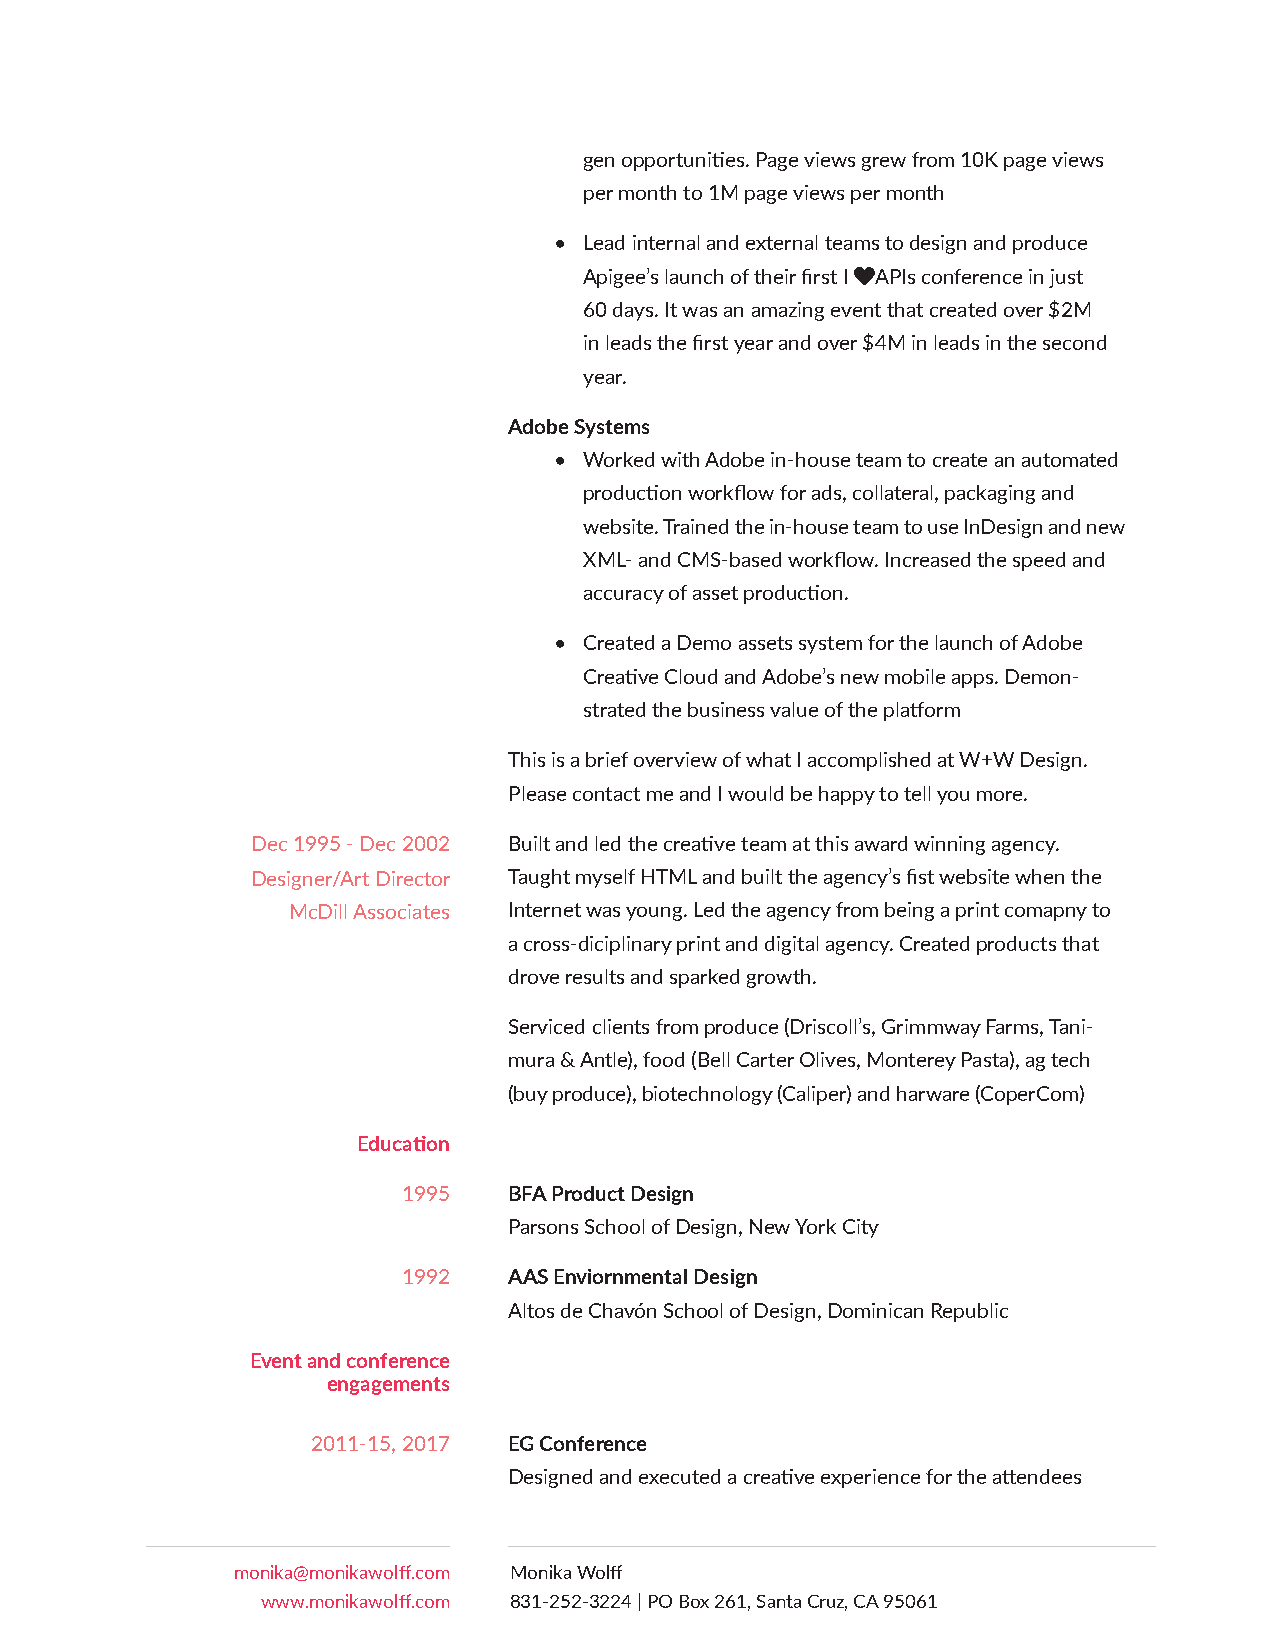
gen opportunities. Page views grew from 10K page views
 per month to 1M page views per month
 • Lead internal and external teams to design and produce
 Apigee’s launch of their first I heartAPIs conference in just
 60 days. It was an amazing event that created over $2M
 in leads the first year and over $4M in leads in the second
 year.
 Adobe Systems
 • Worked with Adobe in-house team to create an automated
 production workflow for ads, collateral, packaging and
 website. Trained the in-house team to use InDesign and new
 XML- and CMS-based workflow. Increased the speed and
 accuracy of asset production.
 • Created a Demo assets system for the launch of Adobe
 Creative Cloud and Adobe’s new mobile apps. Demon-
 strated the business value of the platform
 This is a brief overview of what I accomplished at W+W Design.
 Please contact me and I would be happy to tell you more.
 Dec 1995 - Dec 2002 Built and led the creative team at this award winning agency.
 Designer/Art Director Taught myself HTML and built the agency’s fist website when the
 McDill Associates Internet was young. Led the agency from being a print comapny to
 a cross-diciplinary print and digital agency. Created products that
 drove results and sparked growth.
 Serviced clients from produce (Driscoll’s, Grimmway Farms, Tani-
 mura & Antle), food (Bell Carter Olives, Monterey Pasta), ag tech
 (buy produce), biotechnology (Caliper) and harware (CoperCom)
 Education
 1995   BFA Product Design
 Parsons School of Design, New York City
 1992   AAS Enviornmental Design
 Altos de Chavón School of Design, Dominican Republic
 Event and conference
 engagements
 2011-15, 2017 EG Conference
 Designed and executed a creative experience for the attendees
 monika@monikawolff.com Monika Wolff
 www.monikawolff.com 831-252-3224 | PO Box 261, Santa Cruz, CA 95061